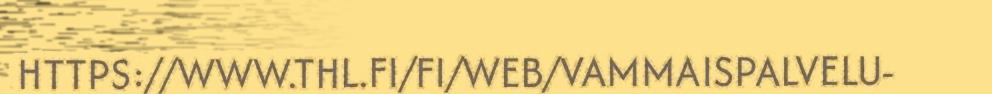
HTTPS://WWW.THL.FI/FI/WEB/VAMMAISPALVELU-